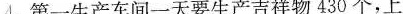
4. 第一生产车间一天要生产吉祥物430个，上